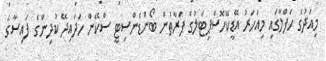
މިއަދުގެ ހަފްލާގައި މިއަހަރު އޭޑީކޭހޮސްޕިޓަލުގެ ފަރާތުން ބޯންޑެންސިޓީ ސްކޭން ހަދައިދޭ ކުދިންގެ ފައިސާގެ